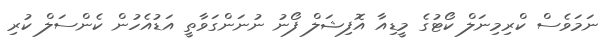
ނަމަވެސް ކްރިމިނަލް ކޯޓުގެ މީޑިއާ އޮފިޝަލް ފޯނު ނުނަންގަވާތީ އަޑުއެހުން ކެންސަލް ކުރި